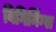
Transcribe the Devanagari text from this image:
बिगिनिंग्स